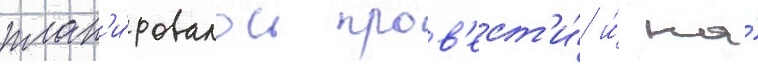
план'и́ровалось пров'ест'и́ и́ на́